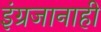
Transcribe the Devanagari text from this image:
इंग्रजानाही